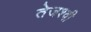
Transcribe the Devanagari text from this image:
तेजश्वी